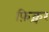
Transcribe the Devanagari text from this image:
फ़िक्चर